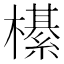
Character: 櫀